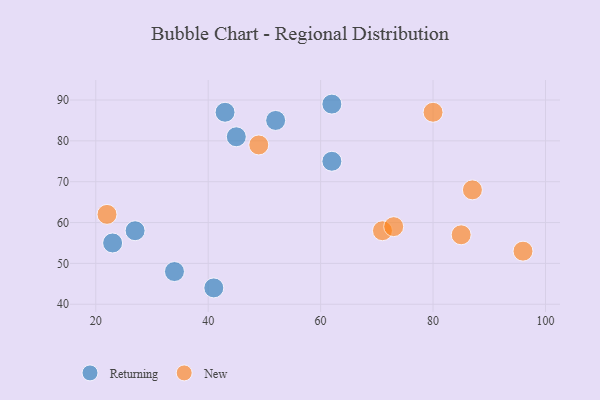
{"axis": {"x": "GDP", "y": "Life Expectancy"}, "legend": ["New", "Returning"], "data": [{"x": "41", "y": 44, "type": "Returning"}, {"x": "34", "y": 48, "type": "Returning"}, {"x": "52", "y": 85, "type": "Returning"}, {"x": "27", "y": 58, "type": "Returning"}, {"x": "45", "y": 81, "type": "Returning"}, {"x": "23", "y": 55, "type": "Returning"}, {"x": "62", "y": 75, "type": "Returning"}, {"x": "43", "y": 87, "type": "Returning"}, {"x": "62", "y": 89, "type": "Returning"}, {"x": "71", "y": 58, "type": "New"}, {"x": "96", "y": 53, "type": "New"}, {"x": "22", "y": 62, "type": "New"}, {"x": "49", "y": 79, "type": "New"}, {"x": "87", "y": 68, "type": "New"}, {"x": "85", "y": 57, "type": "New"}, {"x": "73", "y": 59, "type": "New"}, {"x": "80", "y": 87, "type": "New"}]}